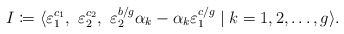
\begin{align*}I \coloneqq \langle \varepsilon_1^{c_1},\ \varepsilon_2^{c_2},\ \varepsilon_2^{b/g}\alpha_k - \alpha_k \varepsilon_1^{c/g}\mid k=1,2,\dots, g \rangle.\end{align*}